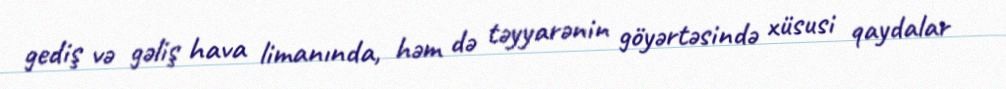
gediş və gəliş hava limanında, həm də təyyarənin göyərtəsində xüsusi qaydalar